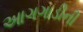
આગગાડીની